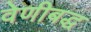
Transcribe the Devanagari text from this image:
वेणीबद्ध